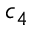
c _ { 4 }